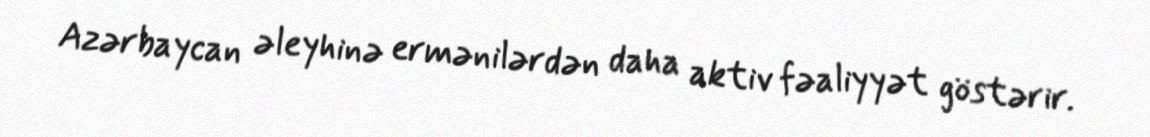
Azərbaycan əleyhinə ermənilərdən daha aktiv fəaliyyət göstərir.